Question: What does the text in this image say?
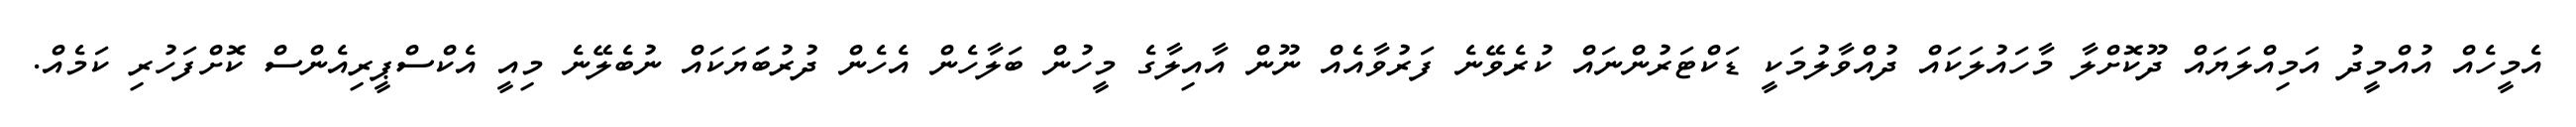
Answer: އެމީހެއް އުއްމީދު އަމިއްލަޔައް ދޫކޮށްލާ މާހައުލަކައް ދުއްވާލުމަކީ ޑަކްޓަރުންނައް ކުރެވޭނެ ފަރުވާއެއް ނޫން އާއިލާގެ މީހުން ބަލާހެން އެހެން ދުރުބަަޔަކައް ނުބެލޭނެ މިއީ އެކްސްޕީރިއެންސް ކޮށްފަހުރި ކަމެއް.